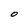
Character: O